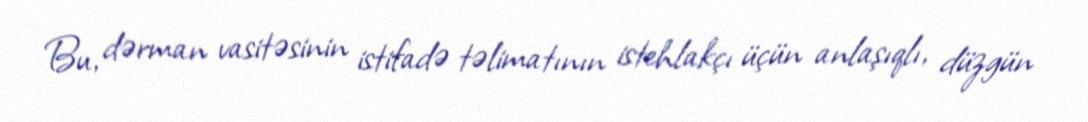
Bu, dərman vasitəsinin istifadə təlimatının istehlakçı üçün anlaşıqlı, düzgün